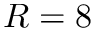
R = 8